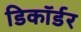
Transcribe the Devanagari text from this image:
डिकॉर्डर